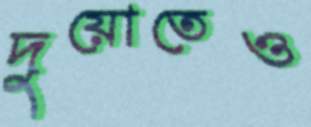
দুয়োতেও